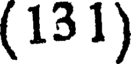
(131)